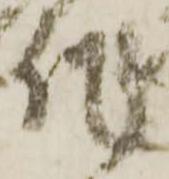
作